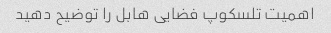
اهمیت تلسکوپ فضایی هابل را توضیح دهید